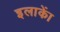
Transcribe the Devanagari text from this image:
इलाकाें